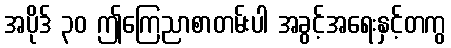
အပိုဒ် ၃၀ ဤကြေညာစာတမ်းပါ အခွင့်အရေးနှင့်တကွ